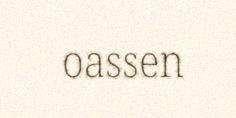
oassen